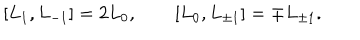
[ L _ { 1 } , L _ { - 1 } ] = 2 L _ { 0 } , [ L _ { 0 } , L _ { \pm 1 } ] = \mp L _ { \pm 1 } .